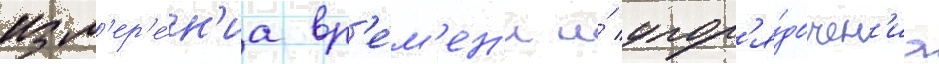
изм'ер'е́н'иа вр'е́м'ен'и и́ упор'я́дочен'иа